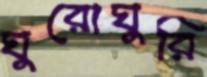
ঘুরোঘুরি